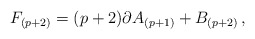
\begin{align*}F_{(p+2)}=(p+2)\partial A_{(p+1)}+B_{(p+2)}\, ,\end{align*}